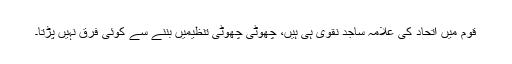
قوم میں اتحاد کی علامہ ساجد نقوی ہی ہیں، چھوٹی چھوٹی تنظیمیں بننے سے کوئی فرق نہیں پڑتا۔